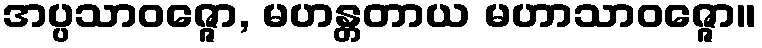
အပ္ပသာဝဇ္ဇော, မဟန္တတာယ မဟာသာဝဇ္ဇော။